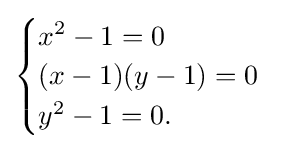
{\begin{cases}x^{2}-1=0\\(x-1)(y-1)=0\\y^{2}-1=0.\end{cases}}